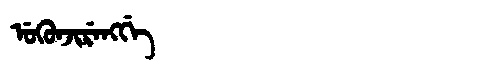
Manchu: ᡠᡴᡠᠨᠵᡳᡵᡝᠩᡤᡝ
Romanization: UKUNJIRENGGE